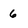
Character: 6